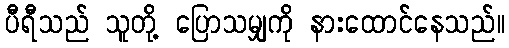
ပီရီသည် သူတို့ ပြောသမျှကို နားထောင်နေသည်။